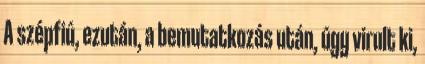
A szépfiú, ezután, a bemutatkozás után, úgy virult ki,